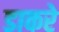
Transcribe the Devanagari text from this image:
डाकरे